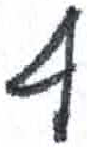
אות: ף